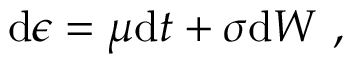
\mathrm { d } \epsilon = \mu \mathrm { d } t + \sigma \mathrm { d } W \mathrm { ~ , ~ }